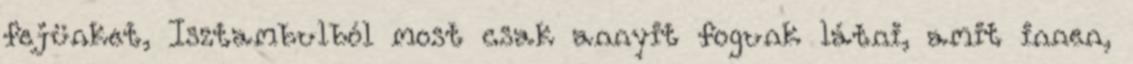
fejünket, Isztambulból most csak annyit fogunk látni, amit innen,